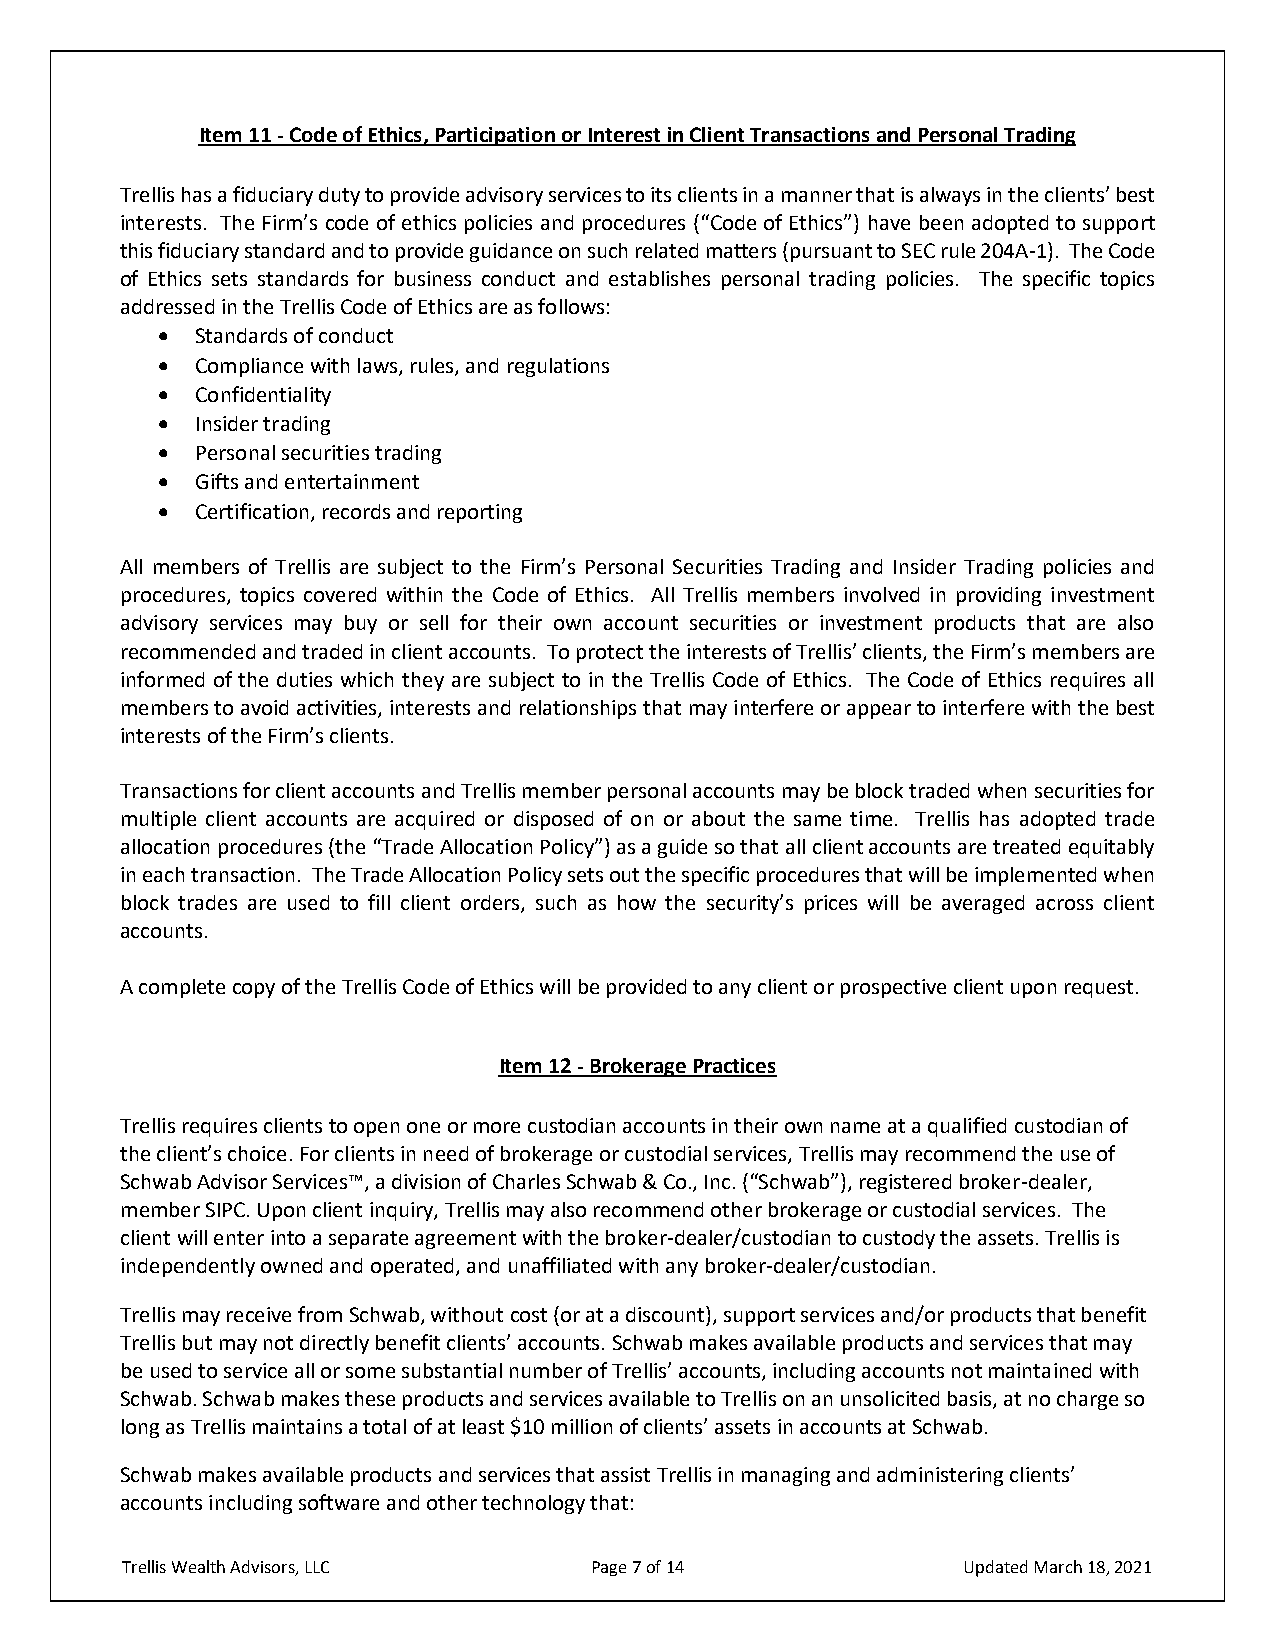
Item 11 - Code of Ethics, Participation or Interest in Client Transactions and Personal Trading
 Trellis has a fiduciary duty to provide advisory services to its clients in a manner that is always in the clients’ best
 interests. The Firm’s code of ethics policies and procedures (“Code of Ethics”) have been adopted to support
 this fiduciary standard and to provide guidance on such related matters (pursuant to SEC rule 204A-1). The Code
 of Ethics sets standards for business conduct and establishes personal trading policies. The specific topics
 addressed in the Trellis Code of Ethics are as follows:
 •  Standards of conduct
 •  Compliance with laws, rules, and regulations
 •  Confidentiality
 •  Insider trading
 •  Personal securities trading
 •  Gifts and entertainment
 •  Certification, records and reporting
 All members of Trellis are subject to the Firm’s Personal Securities Trading and Insider Trading policies and
 procedures, topics covered within the Code of Ethics. All Trellis members involved in providing investment
 advisory services may buy or sell for their own account securities or investment products that are also
 recommended and traded in client accounts. To protect the interests of Trellis’ clients, the Firm’s members are
 informed of the duties which they are subject to in the Trellis Code of Ethics. The Code of Ethics requires all
 members to avoid activities, interests and relationships that may interfere or appear to interfere with the best
 interests of the Firm’s clients.
 Transactions for client accounts and Trellis member personal accounts may be block traded when securities for
 multiple client accounts are acquired or disposed of on or about the same time. Trellis has adopted trade
 allocation procedures (the “Trade Allocation Policy”) as a guide so that all client accounts are treated equitably
 in each transaction. The Trade Allocation Policy sets out the specific procedures that will be implemented when
 block trades are used to fill client orders, such as how the security’s prices will be averaged across client
 accounts.
 A complete copy of the Trellis Code of Ethics will be provided to any client or prospective client upon request.
 Item 12 - Brokerage Practices
 Trellis requires clients to open one or more custodian accounts in their own name at a qualified custodian of
 the client’s choice. For clients in need of brokerage or custodial services, Trellis may recommend the use of
 Schwab Advisor Services™, a division of Charles Schwab & Co., Inc. (“Schwab”), registered broker-dealer,
 member SIPC. Upon client inquiry, Trellis may also recommend other brokerage or custodial services. The
 client will enter into a separate agreement with the broker-dealer/custodian to custody the assets. Trellis is
 independently owned and operated, and unaffiliated with any broker-dealer/custodian.
 Trellis may receive from Schwab, without cost (or at a discount), support services and/or products that benefit
 Trellis but may not directly benefit clients’ accounts. Schwab makes available products and services that may
 be used to service all or some substantial number of Trellis’ accounts, including accounts not maintained with
 Schwab. Schwab makes these products and services available to Trellis on an unsolicited basis, at no charge so
 long as Trellis maintains a total of at least $10 million of clients’ assets in accounts at Schwab.
 Schwab makes available products and services that assist Trellis in managing and administering clients’
 accounts including software and other technology that:
 Trellis Wealth Advisors, LLC   Page 7 of 14             Updated March 18, 2021